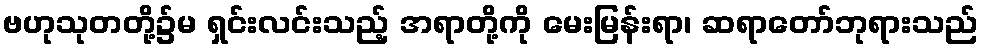
ဗဟုသုတတို့၌မ ရှင်းလင်းသည့် အရာတို့ကို မေးမြန်းရာ၊ ဆရာတော်ဘုရားသည်